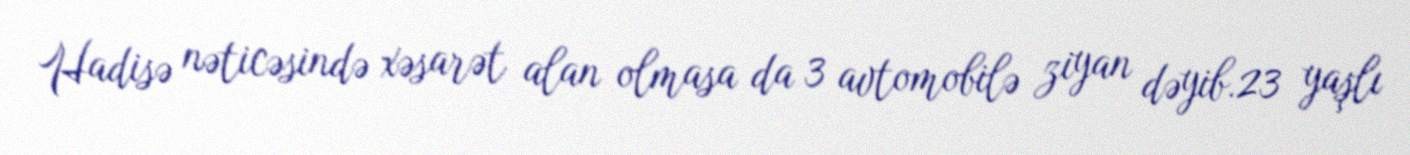
Hadisə nəticəsində xəsarət alan olmasa da 3 avtomobilə ziyan dəyib.23 yaşlı